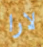
لارا